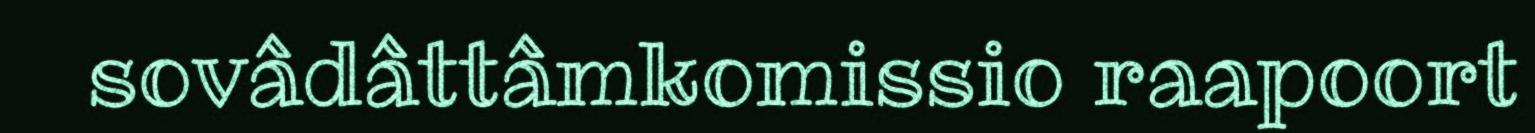
sovâdâttâmkomissio raapoort